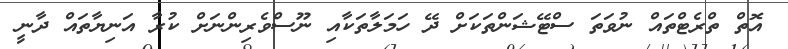
އޮތް ތްރެޓްތައް ނުވަތަ ސްޓޭޝަންތަކަށް ދޭ ހަމަލާތަކާއި ނޫސްވެރިންނަށް ކުރާ އަނިޔާތައް ދާނީ